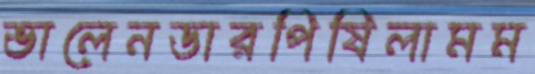
ভালেনডারপিষিলামম